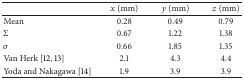
<table><thead><tr><td><b> </b></td><td><b><i>x</i> (mm)</b></td><td><b><i>y</i> (mm)</b></td><td><b><i>z</i> (mm)</b></td></tr></thead><tbody><tr><td>Mean</td><td>0.28</td><td>0.49</td><td>0.79</td></tr><tr><td>Σ</td><td>0.67</td><td>1.22</td><td>1.38</td></tr><tr><td><i>σ</i></td><td>0.66</td><td>1.85</td><td>1.35</td></tr><tr><td>Van Herk [12, 13]</td><td>2.1</td><td>4.3</td><td>4.4</td></tr><tr><td>Yoda and Nakagawa [14]</td><td>1.9</td><td>3.9</td><td>3.9</td></tr></tbody></table>